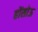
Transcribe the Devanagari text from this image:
होंसोऊ